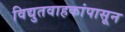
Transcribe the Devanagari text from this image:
विद्युतवाहकांपासून